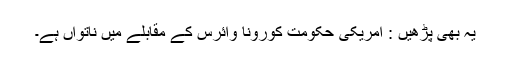
یہ بھی پڑھیں : امریکی حکومت کورونا وائرس کے مقابلے میں ناتواں ہے۔